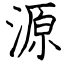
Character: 源